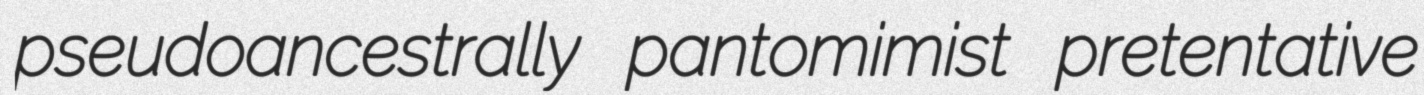
pseudoancestrally pantomimist pretentative